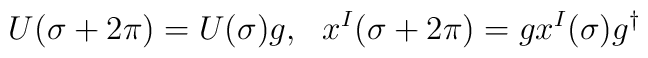
U(\sigma +2\pi)=U(\sigma)g, \ \ x^I(\sigma+2\pi)=gx^I(\sigma)g^{\dagger }